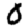
Digit: 0